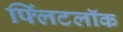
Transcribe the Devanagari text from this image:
फ्लिंटलॉक